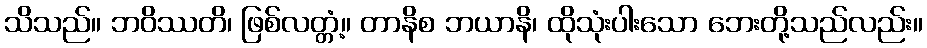
သိသည်။ ဘဝိဿတိ၊ ဖြစ်လတ္တံ့။ တာနိစ ဘယာနိ၊ ထိုသုံးပါးသော ဘေးတို့သည်လည်း။